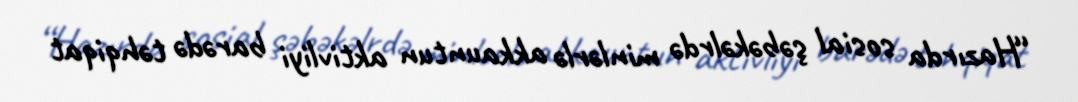
“Hazırda sosial şəbəkəlrdə minlərlə akkauntun aktivliyi barədə təhqiqat